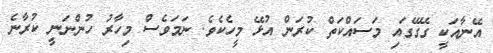
އޭނާއަކީ ގޭގޭގައި މަސައްކަތް ކުރަން އުޅޭ މީހެކެވެ. ނަމަވެސް މިހާރު ހުންނަނީ ކުރާނެ